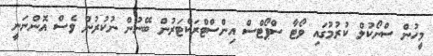
މީހުން ސްނޯކުލް ކުރުމުގައި ވޯޓާ ސްޕޯޓްސް އިންސްޓްރަކްޓަރުން ބޭނުން ނުކުރުން ވެސް އޮންނަނީ